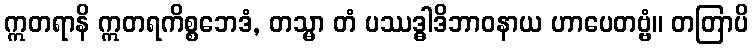
ဣတရာနိ ဣတရကိစ္စဘေဒံ, တသ္မာ တံ ပဿဒ္ဓါဒိဘာဝနာယ ဟာပေတဗ္ဗံ။ တတြာပိ